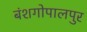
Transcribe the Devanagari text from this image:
बंशगोपालपुर